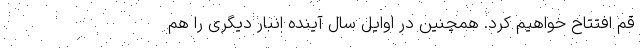
قم افتتاح خواهیم کرد. همچنین در اوایل سال آینده انبار دیگری را هم